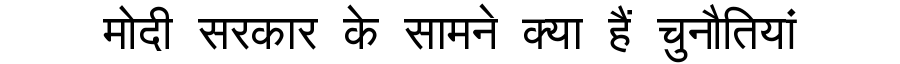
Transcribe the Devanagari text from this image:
मोदी सरकार के सामने क्या हैं चुनौतियां